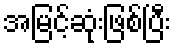
အမြင့်ဆုံးဖြစ်ပြီး